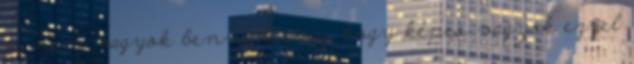
de nem vagyok benne biztos, hogy képes vagyok ezzel